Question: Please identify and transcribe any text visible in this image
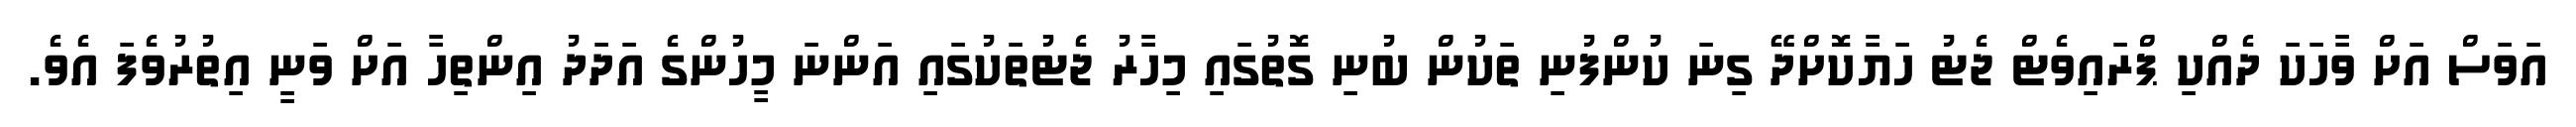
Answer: އަވަސް އަށް ވާހަކަ ދެއްކި ޕްރައިވެޓް ޖެޓު ހަޔާކޮށްދޭ ގިނަ ކުންފުނި ތަކުން ބުނި ގޮތުގައި މިހާރު ޖެޓުތަކުގައި އަންނަ މީހުންގެ އަދަދު އިންތިހާ އަށް ވަނީ އިތުރުވެފަ އެވެ.